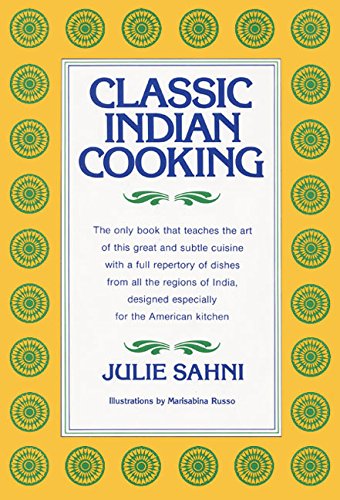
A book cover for Classic Indian Cooking; Julie Sahni; Cookbooks, Food & Wine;